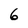
Character: 6